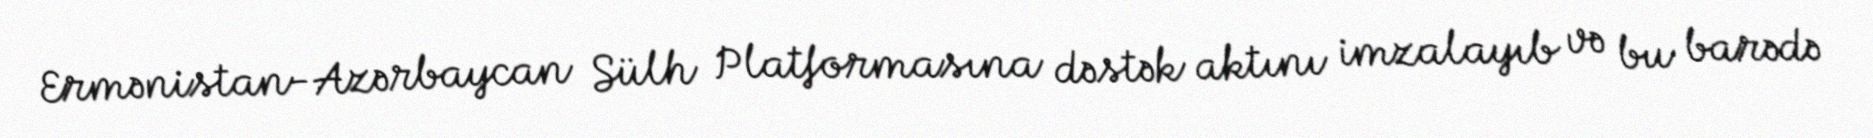
Ermənistan-Azərbaycan Sülh Platformasına dəstək aktını imzalayıb və bu barədə